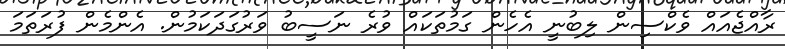
ރާއްޖެއައް ވެކްސިން ލިބުނީ އެހެން ގަމުތަކައް ވުރެ ނަސީބު ވަރުގަދަކަމުން. އެންމެން ފުރަތަމަ